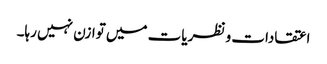
اعتقادات و نظریات میں توازن نہیں رہا۔